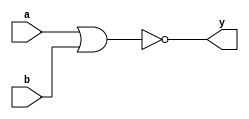
module nor2(a, b, y);

    input a, b;
    output y;
    assign y = a ~| b;

endmodule